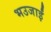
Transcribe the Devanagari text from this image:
भउजाईं